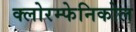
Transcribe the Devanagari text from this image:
क्लोरम्फेनिकोल